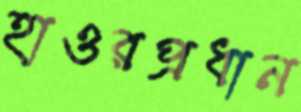
হাওরপ্রধান